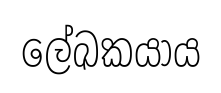
ලේඛකයාය